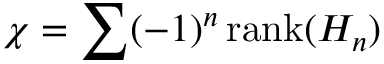
\chi = \sum ( - 1 ) ^ { n } \, \mathrm { r a n k } ( H _ { n } )